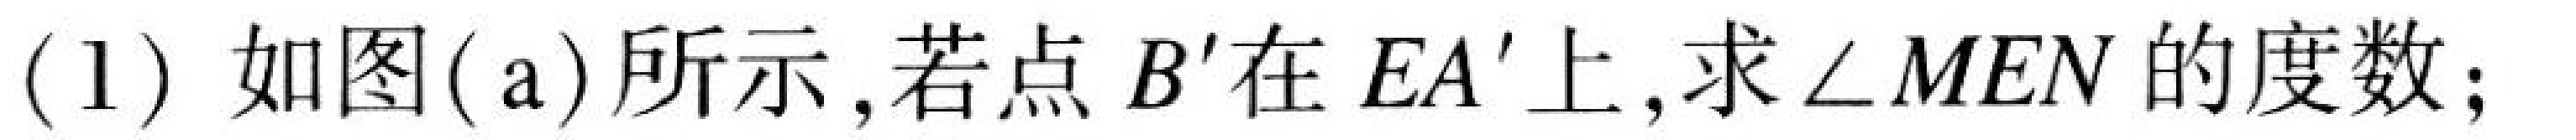
(1) 如图(a)所示,若点 \(B'\)在 \(EA'\)上,求\(\angle MEN\)的度数;